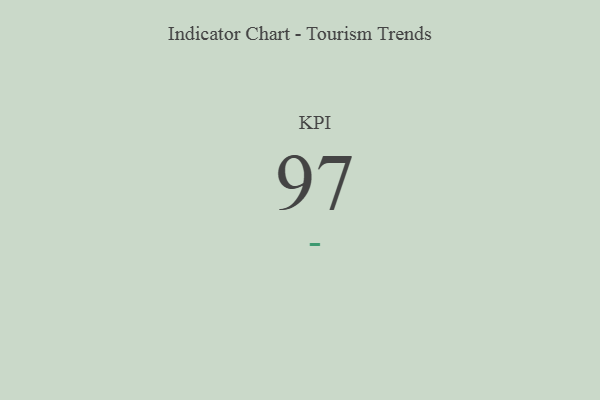
{"axis": {"x": "KPI", "y": "Value"}, "legend": [""], "data": [{"x": "KPI", "y": 97, "type": ""}]}